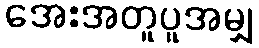
အေးအတူပူအမျှ